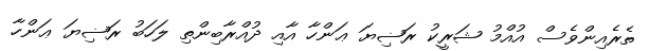
ތެރެއިންވެސް އުއްމު ޝަރީކު ރަޟިޔަ ޢަންހާ އާއި ދުއްރާބިންތި ލަހަބު ރަޟިޔަ ޢަންހާ